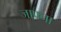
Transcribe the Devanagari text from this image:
जाफ्ना